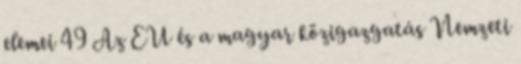
elemei 49 Az EU és a magyar közigazgatás Nemzeti